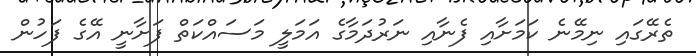
ތެރޭގައި ނިމޭނެ ކަމަށާއި ފެނާއި ނަރުދަމާގެ އަމަލީ މަސައްކަތް ފަށާނީ އޭގެ ފަހުން